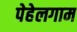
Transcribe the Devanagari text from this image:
पेहेलगाम